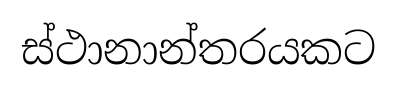
ස්ථානාන්තරයකට